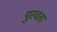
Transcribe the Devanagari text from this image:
पुरवता